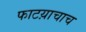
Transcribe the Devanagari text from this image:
फाटय़ाचाच